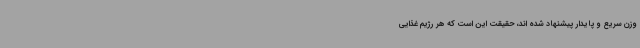
وزن سریع و پایدار پیشنهاد شده اند، حقیقت این است که هر رژیم غذایی